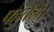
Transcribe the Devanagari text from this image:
पहुंचेंगे।